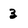
Character: 3